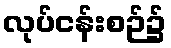
လုပ်ငန်းစဉ်၌